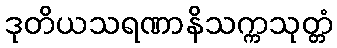
ဒုတိယသရဏာနိသက္ကသုတ္တံ